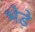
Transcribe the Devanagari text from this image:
भेडे़